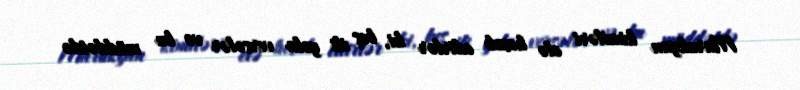
Marukyan kimiləri elə hesab edirlər ki, beş ili yola versələr və bu müddətdə